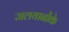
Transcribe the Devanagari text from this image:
जलयानोंके